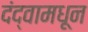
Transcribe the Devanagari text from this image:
दंद्वामधून